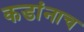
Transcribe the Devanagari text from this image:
कडांनाच